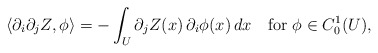
\begin{align*} \langle \partial_i\partial_j Z,\phi\rangle = -\int_U \partial_j Z(x)\,\partial_i \phi(x)\,dx \quad\hbox{for}\ \phi\in C^1_0(U), \end{align*}